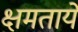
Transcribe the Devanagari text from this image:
क्षमताये